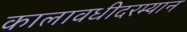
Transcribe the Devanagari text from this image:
कालावधीदरम्यान